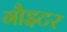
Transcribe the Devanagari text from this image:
गौइटर